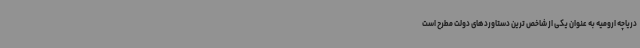
دریاچه ارومیه به عنوان یکی از شاخص ترین دستاوردهای دولت مطرح است